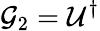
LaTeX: \mathcal{G}_{2}=\mathcal{U}^{\dagger}